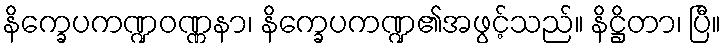
နိက္ခေပကဏ္ဍဝဏ္ဏနာ၊ နိက္ခေပကဏ္ဍ၏အဖွင့်သည်။ နိဋ္ဌိတာ၊ ပြီ။